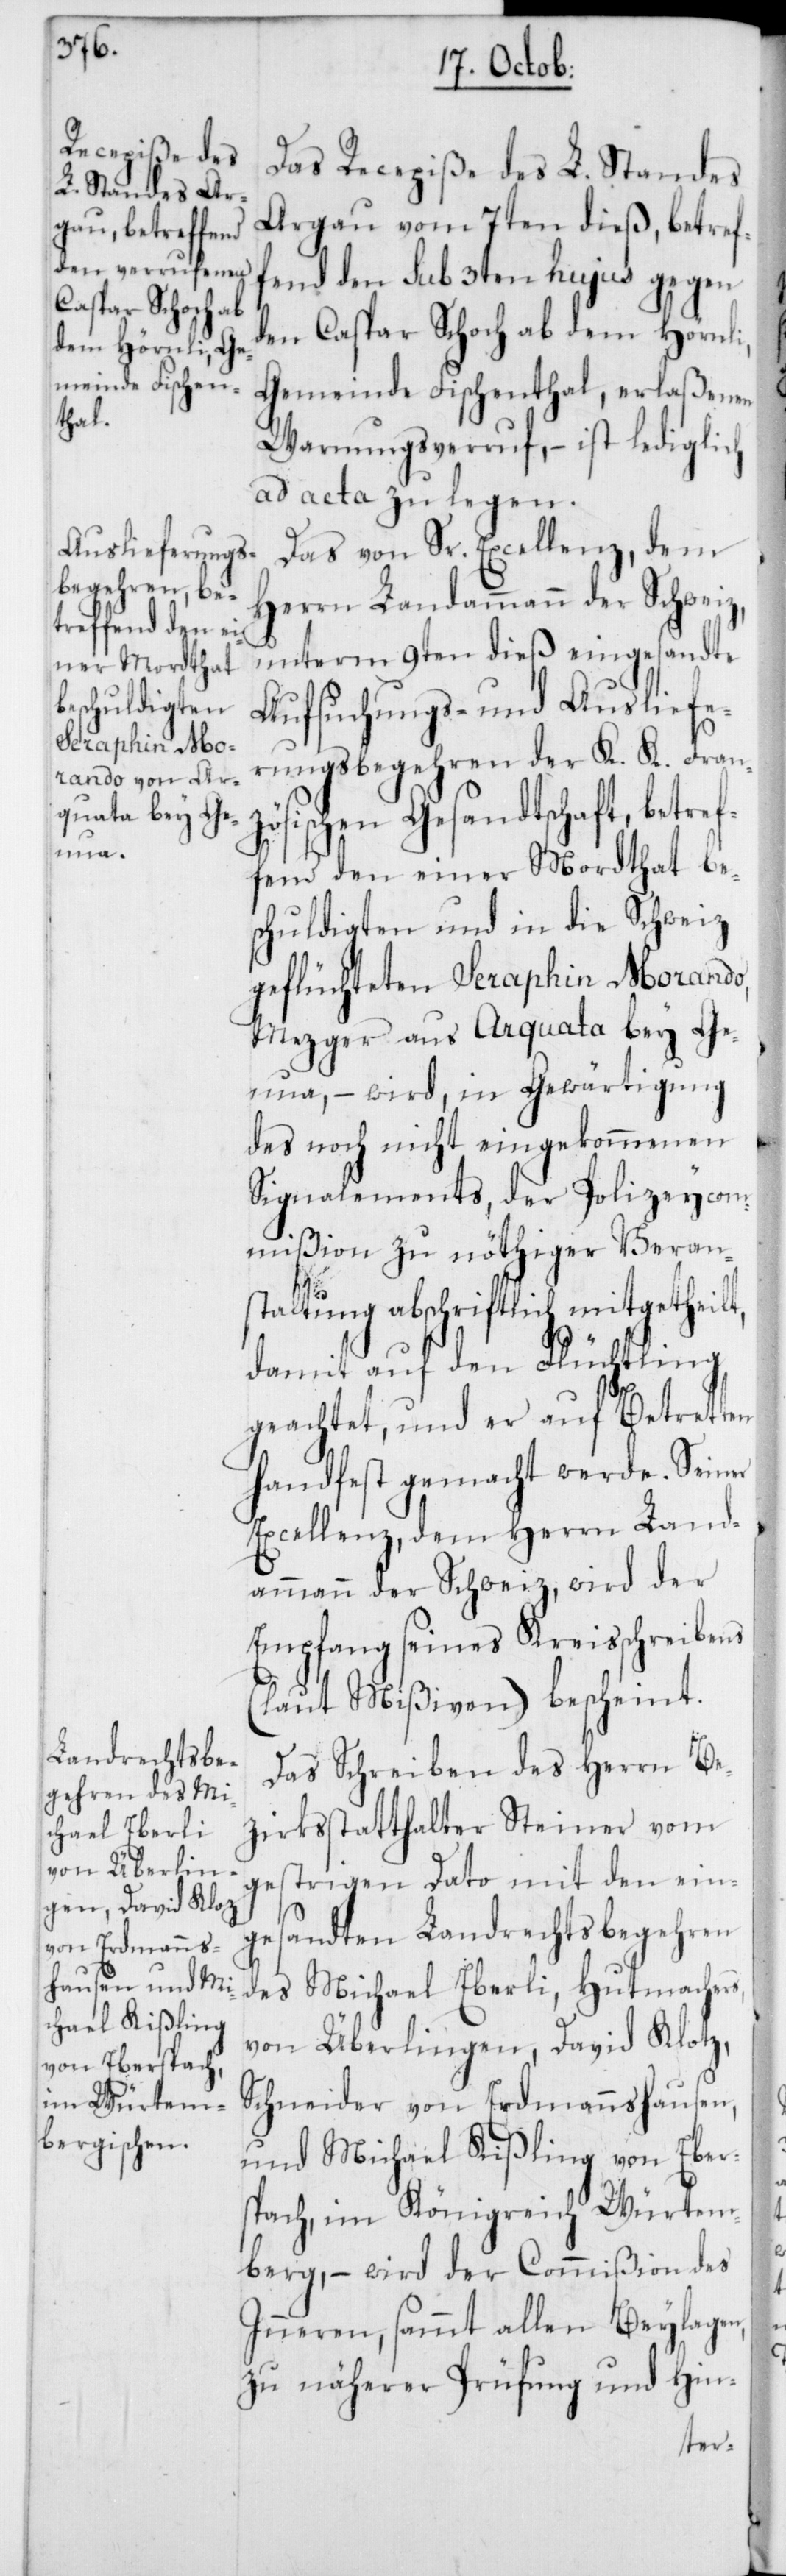
Das Recepiße des L. Standes
Argau vom 7ten dieß, betref¬
fend den sub 3ten hujus gegen
den Caspar Schoch ab dem Hörnli,
Gemeinde Fischenthal, erlaßenen
Warnungsverruf, – ist lediglich
ad acta zu legen.
Das von Sr. Excellenz, dem
Herrn Landammann der Schweiz,
unterm 9ten dieß eingesandte
Aufsuchungs- und Ausliefe¬
rungs-Begehren der K. K. Franz¬
ösischen Gesandtschaft, betref¬
fend den einer Mordthat be¬
schuldigten und in die Schweiz
geflüchteten Seraphin Morando,
Mezger aus Arquata bey Ge¬
nua, – wird in Gewärtigung
des noch nicht eingekommenen
Signalements, der Polizeycom¬
mißion zu nöthiger Veran¬
staltung abschriftlich mitgetheilt,
damit auf den Flüchtling
geachtet, und er auf Betretten
handfest gemacht werde. Seiner
Excellenz, dem Herrn Land¬
ammann der Schweiz, wird der
Empfang seines Kreisschreibens
(laut Mißiven) bescheint.
Das Schreiben des Herrn Be¬
zirksstatthalter Steiner vom
gestrigen Dato mit den ein¬
gesandten Landrechtsbegehren
des Michael Eberli, Hutmachers,
von Überlingen, David Klotz,
Schneider von Erdmannshausen;
und Michael Kißling von Eber¬
spach, im Königreich Würtem¬
berg, – wird der Commißion des
Inneren, sammt allen Beylagen,
zu näherer Prüfung und Hin-